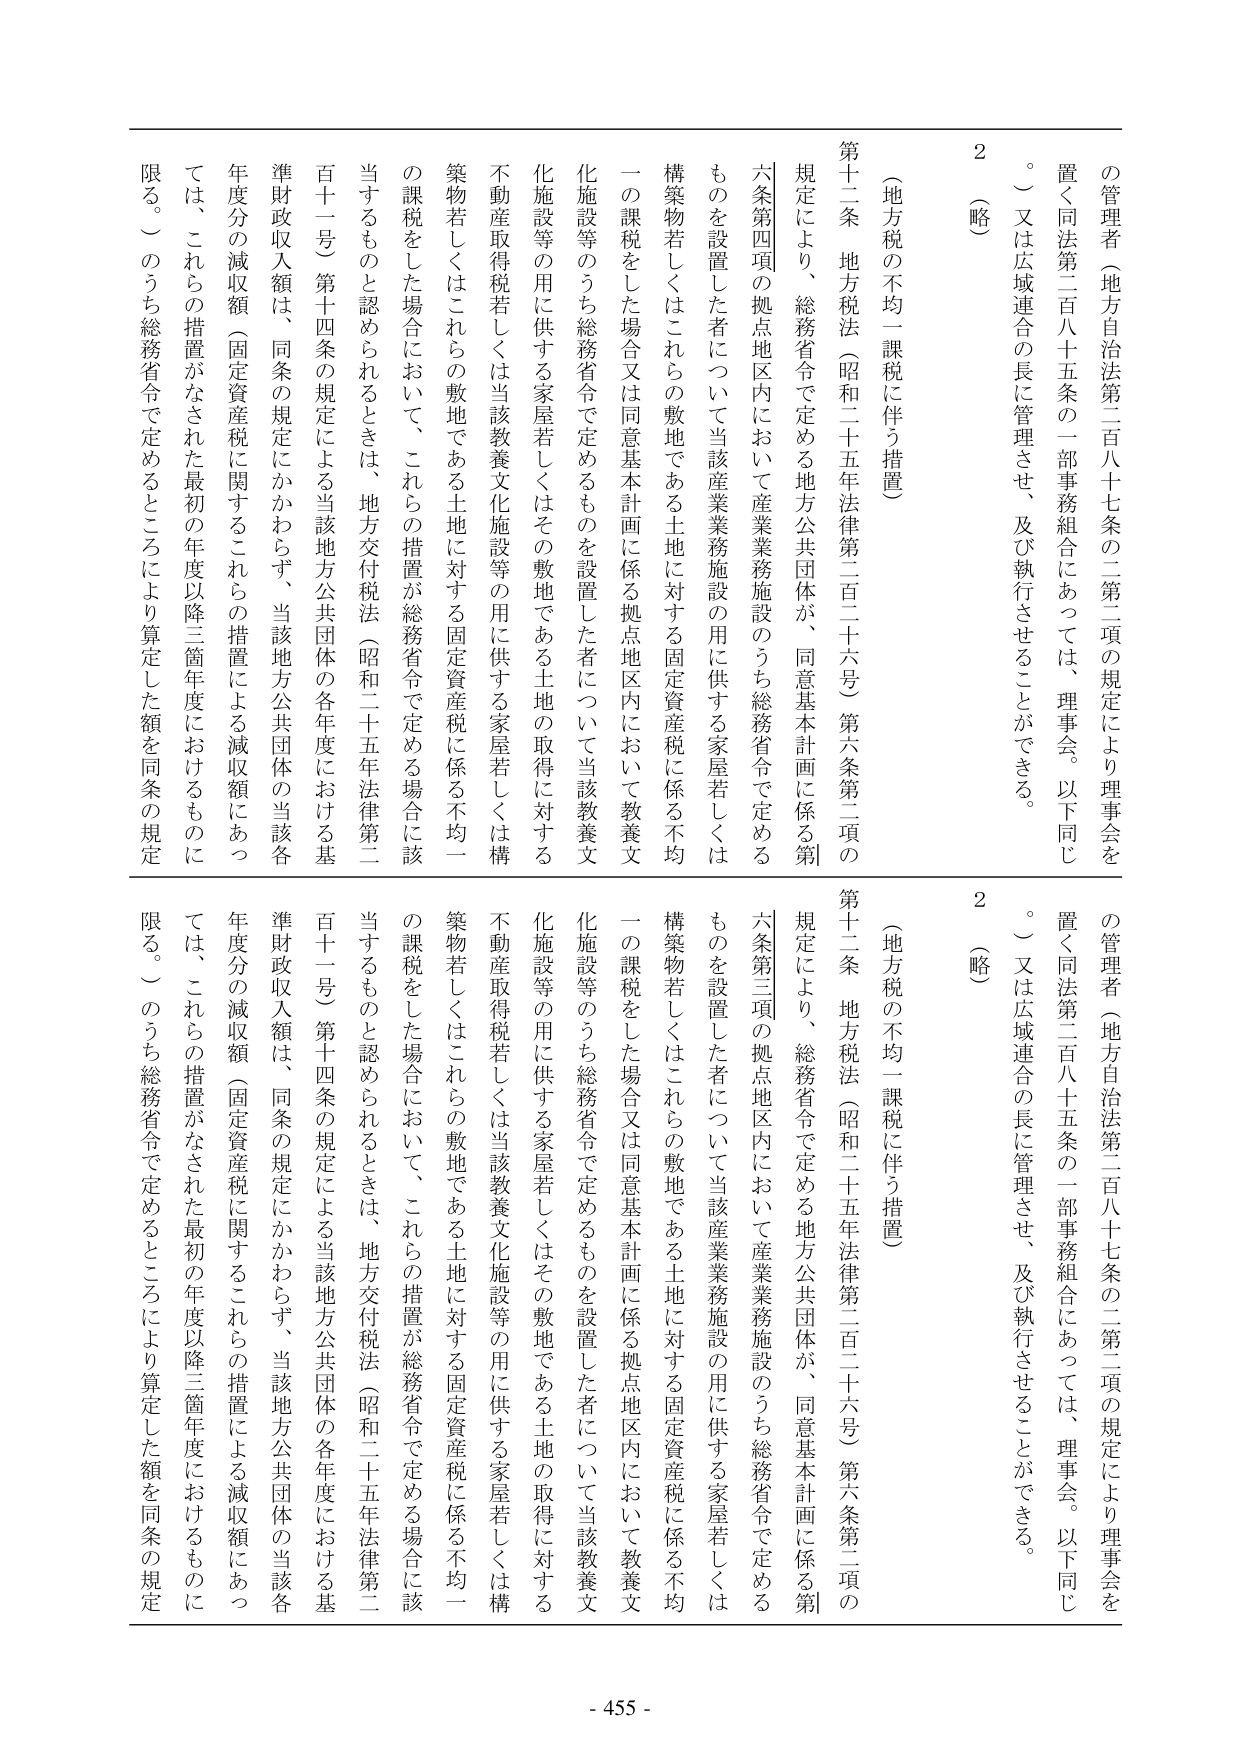
の管理者（地方自治法第二百八十七条の二第二項の規定により理事会を置く同法第二百八十五条の一部事務組合にあっては、理事会。以下同じ。）又は広域連合の長に管理させ、及び執行させることができる。

（略）

第十二条 地方税法（昭和二十五年法律第二百二十六号）第六条第二項の規定により、総務省令で定める地方公共団体が、同意基本計画に係る第六条第四項の拠点地区内において産業業務施設のうち総務省令で定めるものを設置した者について当該産業業務施設の用に供する家屋若しくは構築物若しくはこれらの敷地である土地に対する固定資産税に係る不均一の課税をした場合又は同意基本計画に係る拠点地区内において教養文化施設等のうち総務省令で定めるものを設置した者について当該教養文化施設等の用に供する家屋若しくはその敷地である土地の取得に対する不動産取得税若しくは当該教養文化施設等の用に供する家屋若しくは構築物若しくはこれらの敷地である土地に対する固定資産税に係る不均一の課税をした場合において、これらの措置が総務省令で定める場合に該当するものと認められるときは、地方交付税法（昭和二十五年法律第二百十一号）第十四条の規定による当該地方公共団体の各年度における基準財政収入額は、同条の規定にかかわらず、当該地方公共団体の当該各年度分の減収額（固定資産税に関するこれらの措置による減収額にあつては、これらの措置がなされた最初の年度以降三箇年度におけるものに限る。）のうち総務省令で定めるところにより算定した額を同条の規定

（略）

第十二条 地方税法（昭和二十五年法律第二百二十六号）第六条第二項の規定により、総務省令で定める地方公共団体が、同意基本計画に係る第六条第三項の拠点地区内において産業業務施設のうち総務省令で定めるものを設置した者について当該産業業務施設の用に供する家屋若しくは構築物若しくはこれらの敷地である土地に対する固定資産税に係る不均一の課税をした場合又は同意基本計画に係る拠点地区内において教養文化施設等のうち総務省令で定めるものを設置した者について当該教養文化施設等の用に供する家屋若しくはその敷地である土地の取得に対する不動産取得税若しくは当該教養文化施設等の用に供する家屋若しくは構築物若しくはこれらの敷地である土地に対する固定資産税に係る不均一の課税をした場合において、これらの措置が総務省令で定める場合に該当するものと認められるときは、地方交付税法（昭和二十五年法律第二百十一号）第十四条の規定による当該地方公共団体の各年度における基準財政収入額は、同条の規定にかかわらず、当該地方公共団体の当該各年度分の減収額（固定資産税に関するこれらの措置による減収額にあつては、これらの措置がなされた最初の年度以降三箇年度におけるものに限る。）のうち総務省令で定めるところにより算定した額を同条の規定

- 455 -